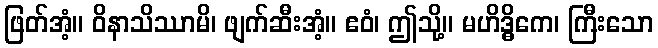
ဖြတ်အံ့။ ဝိနာသိဿာမိ၊ ဖျက်ဆီးအံ့။ ဧဝံ၊ ဤသို့။ မဟိဒ္ဓိကေ၊ ကြီးသော